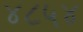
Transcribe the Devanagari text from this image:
४८५४